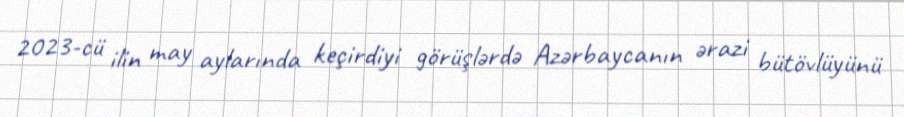
2023-cü ilin may aylarında keçirdiyi görüşlərdə Azərbaycanın ərazi bütövlüyünü